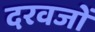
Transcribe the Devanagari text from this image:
दरवजों